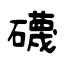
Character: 礣